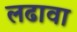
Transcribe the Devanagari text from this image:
लढावा